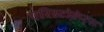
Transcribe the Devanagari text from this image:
एरिस्टोक्रेट्स